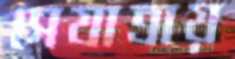
সেযাত্রায়